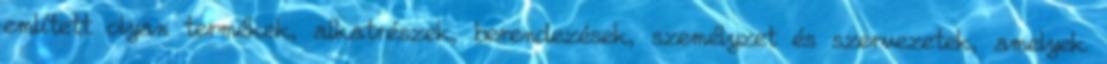
említett olyan termékek, alkatrészek, berendezések, személyzet és szervezetek, amelyek